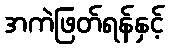
အကဲဖြတ်ရန်နှင့်